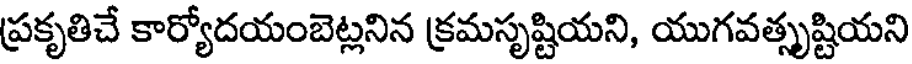
ప్రకృతిచే కార్యోదయంబెట్లనిన క్రమసృష్టియని, యుగవత్సృష్టియని